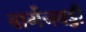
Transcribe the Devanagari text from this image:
बार्गेनबड्डी